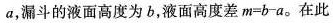
a，漏斗的液面高度为b，液面高度差$$m=b-a$$。在此